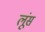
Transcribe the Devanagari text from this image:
लूंस